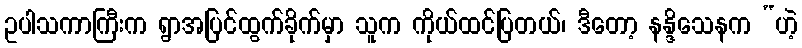
ဥပါသကာကြီးက ရွာအပြင်ထွက်ခိုက်မှာ သူက ကိုယ်ထင်ပြတယ်၊ ဒီတော့ နန္ဒိသေနက “ဟဲ့